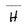
Character: H